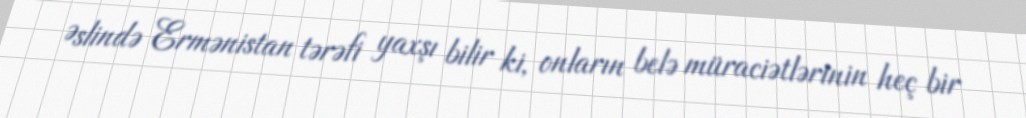
Əslində Ermənistan tərəfi yaxşı bilir ki, onların belə müraciətlərinin heç bir